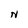
Character: N